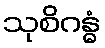
သုစိဂန္ဓံ